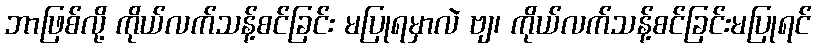
ဘာဖြစ်လို့ ကိုယ်လက်သန့်စင်ခြင်း မပြုရမှာလဲ ဗျ၊ ကိုယ်လက်သန့်စင်ခြင်းမပြုရင်